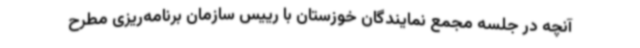
آنچه در جلسه مجمع نمایندگان خوزستان با رییس سازمان برنامه‌ریزی مطرح